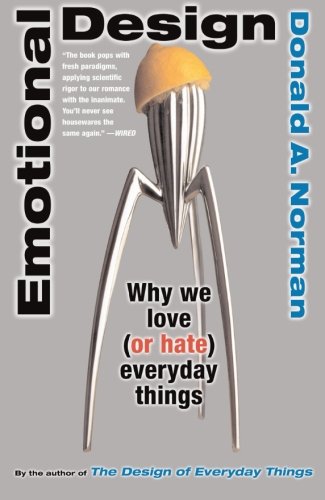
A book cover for Emotional Design: Why We Love (or Hate) Everyday Things; Don Norman; Medical Books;